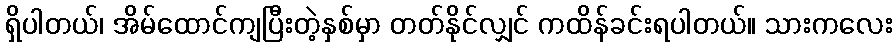
ရှိပါတယ်၊ အိမ်ထောင်ကျပြီးတဲ့နှစ်မှာ တတ်နိုင်လျှင် ကထိန်ခင်းရပါတယ်။ သားကလေး